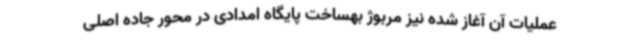
عملیات آن آغاز شده نیز مربوژ بهساخت پایگاه امدادی در محور جاده اصلی